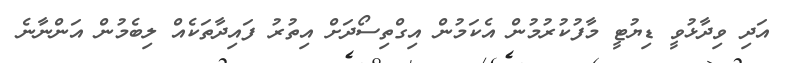
އަދި ވިދާޅުވީ ޑިޔުޓީ މާފުކުރުމުން އެކަމުން އިގްތިސޯދަށް އިތުރު ފައިދާތަކެއް ލިބެމުން އަންނާނެ